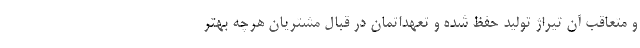
و متعاقب آن تیراژ تولید حفظ شده و تعهداتمان در قبال مشتریان هرچه بهتر